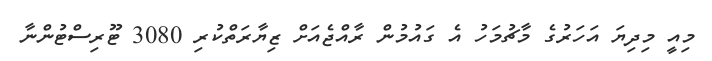
މިއީ މިދިޔަ އަހަރުގެ މާޗުމަހު އެ ގައުމުން ރާއްޖެއަށް ޒިޔާރަތްކުރި 3080 ޓޫރިސްޓުންނާ